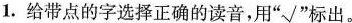
1.给带点的字选择正确的读音，用“√”标出。